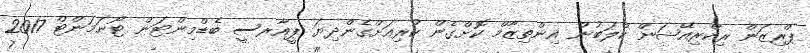
ޕްރިޒަން ރިކްރިއޭޝަން ކްލަބުން އިންތިޒާމް ކޮށްގެން ކުރިއަށްގެންދިޔަ ޕީއާރސީ ބެޑްމިންޓަން ޓޯނަމަންޓް 2017